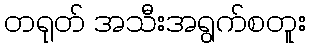
တရုတ် အသီးအရွက်စတူး